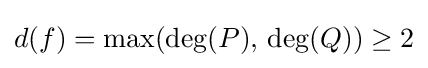
d(f)=\max(\deg(P),\,\deg(Q))\geq 2